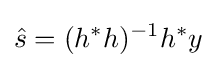
{\hat {s}}=(h^{*}h)^{-1}h^{*}y